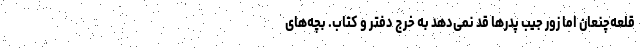
قلعه‌چنعان اما زور جیب پدرها قد نمی‌دهد به خرج دفتر و کتاب. بچه‌های